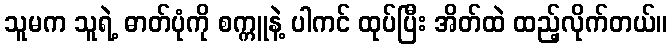
သူမက သူရဲ့ ဓာတ်ပုံကို စက္ကူနဲ့ ပါကင် ထုပ်ပြီး အိတ်ထဲ ထည့်လိုက်တယ်။